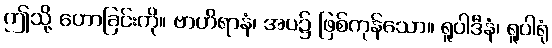
ဤသို့ ဟောခြင်းကို။ ဗာဟိရာနံ၊ အပ၌ ဖြစ်ကုန်သော။ ရူပါဒီနံ၊ ရူပါရုံ